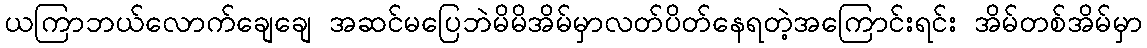
ယကြာဘယ်လောက်ချေချေ အဆင်မပြေဘဲမိမိအိမ်မှာလတ်ပိတ်နေရတဲ့အကြောင်းရင်း အိမ်တစ်အိမ်မှာ